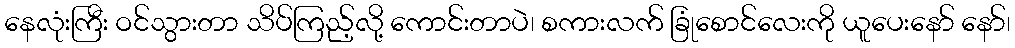
နေလုံးကြီး ဝင်သွားတာ သိပ်ကြည့်လို့ ကောင်းတာပဲ၊ စကားလက် ခြုံစောင်လေးကို ယူပေးနော် နော်၊